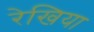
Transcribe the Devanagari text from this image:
रेखिया